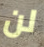
لن